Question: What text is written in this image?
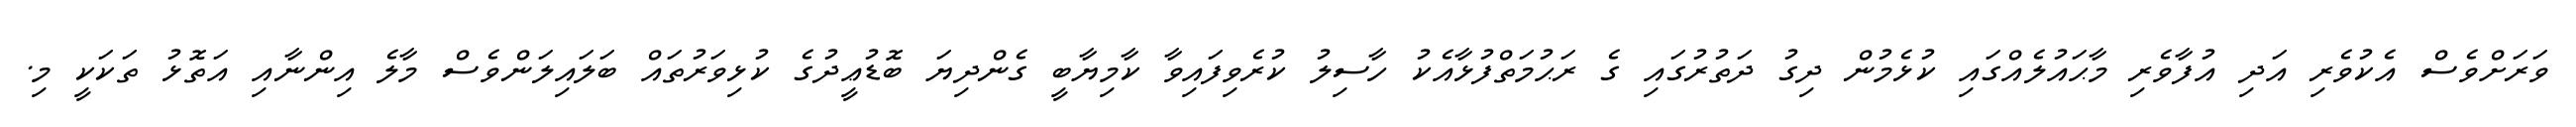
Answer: ވަރަށްވެސް އެކުވެރި އަދި އުފާވެރި މާޙައުލެއްގައި ކުޅެމުން ދިގު ދަތުރުގައި ގެ ރަޙުމަތްފުޅާއެކު ހާސިލު ކުރެވިފައިވާ ކާމިޔާބީ ގެންދިޔަ ބޮޑުޢީދުގެ ކުޅިވަރުތައް ބަލައިލަންވެސް މާލެ އިންނާއި އަތޮޅު ތަކަކީ މި.